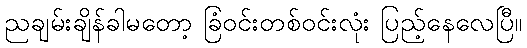
ညချမ်းချိန်ခါမတော့ ခြံဝင်းတစ်ဝင်းလုံး ပြည့်နေလေပြီ။